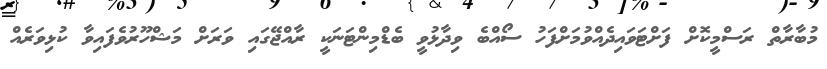
މުބާރާތް ރަސްމީކޮށް ފަށްޓަވައިދެއްވުމަށްފަހު ސޯއްބެ ވިދާޅުވީ ބެޑްމިންޓަނަކީ ރާއްޖޭގައި ވަރަށް މަޝްހޫރުވެފައިވާ ކުޅިވަރެއް